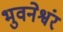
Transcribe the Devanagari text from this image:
भुवनेश्वंर